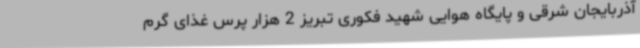
آذربایجان شرقی و پایگاه هوایی شهید فکوری تبریز 2 هزار پرس غذای گرم